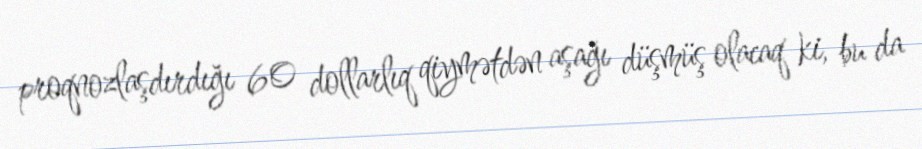
proqnozlaşdırdığı 60 dollarlıq qiymətdən aşağı düşmüş olacaq ki, bu da